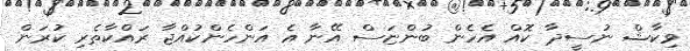
ވިކާޝް ނުސީދާ ކޮއް އެހެން ބުންޏަސް އޭނާ އެ އަންހެންކުއްޖާ ރައްކާތެރި ކުރަން